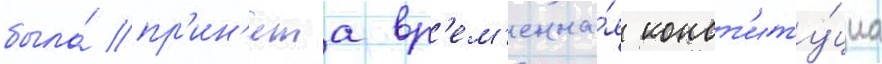
была́ пр'ин'ята вр'ем'енна́я конст'иту́циа